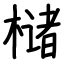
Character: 槠